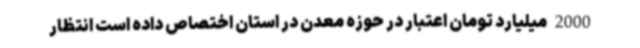
2000میلیارد تومان اعتبار در حوزه معدن در استان اختصاص داده است انتظار